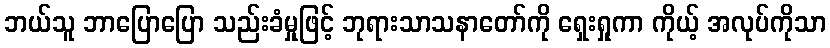
ဘယ်သူ ဘာပြောပြော သည်းခံမှုဖြင့် ဘုရားသာသနာတော်ကို ရှေးရှုကာ ကိုယ့် အလုပ်ကိုသာ